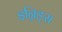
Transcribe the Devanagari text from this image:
इन्निङ्स